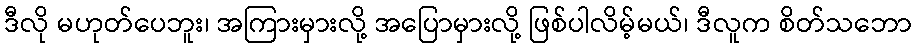
ဒီလို မဟုတ်ပေဘူး၊ အကြားမှားလို့ အပြောမှားလို့ ဖြစ်ပါလိမ့်မယ်၊ ဒီလူက စိတ်သဘော